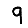
Digit: 9